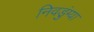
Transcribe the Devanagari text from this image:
निवडुंग्या